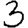
Digit: 3